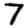
Digit: 7